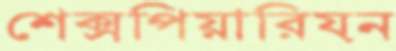
শেক্সপিয়ারিয়ন